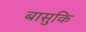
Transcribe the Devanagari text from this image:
बासुकि